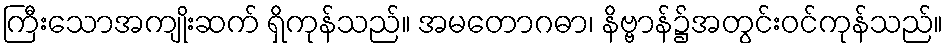
ကြီးသောအကျိုးဆက် ရှိကုန်သည်။ အမတောဂဓာ၊ နိဗ္ဗာန်၌အတွင်းဝင်ကုန်သည်။